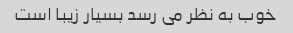
خوب به نظر می رسد بسیار زیبا است